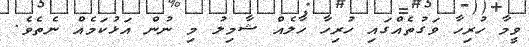
ވީމާ ހުރިހާ ވަގުތެއްގައި ހުރިހާ ހާލެއް ޝާމިލު މި ނުން އަޅުކަމެއް ނެތެވެ.